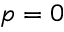
p = 0